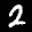
Label: 2